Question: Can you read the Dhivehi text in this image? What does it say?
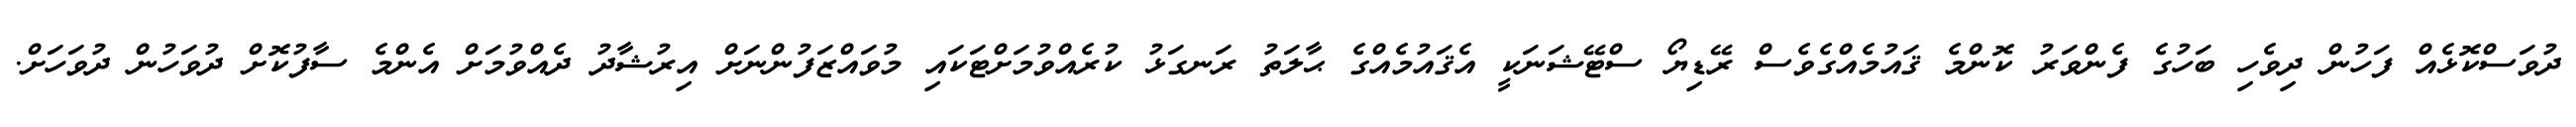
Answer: ދުވަސްކޮޅެއް ފަހުން ދިވެހި ބަހުގެ ފެންވަރު ކޮންމެ ޤައުމެއްގެވެސް ރޭޑިޔޯ ސްޓޭޝަނަކީ އެޤައުމެއްގެ ޙާލަތު ރަނގަޅު ކުރެއްވުމަށްޓަކައި މުވައްޒަފުންނަށް އިރުޝާދު ދެއްވުމަށް އެންމެ ސާފުކޮށް ދުވަހުން ދުވަހަށް.